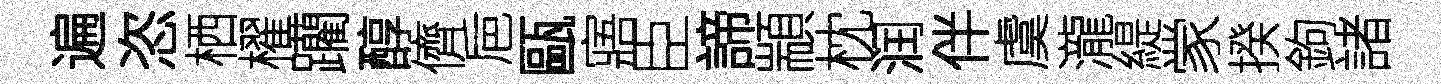
遍恣栖櫂躪醇儕巵甌寤臣諦顓枕润伴虞瀧緹䝉揆鉤諸